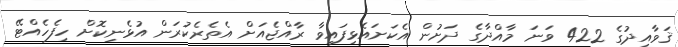
ޤަވާއިދުގެ 422 ވަނަ މާއްދާގެ ދަށުން އެކަށައެޅިފައިވާ ރާއްޖެއަށް އެތެރެކުރަން އުޅެނިކޮށް ހިފެހެއްޓޭ